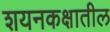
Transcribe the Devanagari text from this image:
शयनकक्षातील